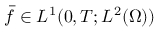
\bar { f } \in L ^ { 1 } ( 0 , T ; L ^ { 2 } ( \Omega ) )